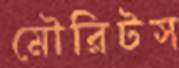
মৌরিটস